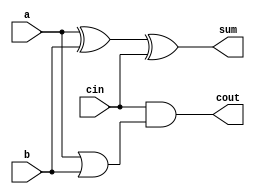
module full_adder7(a,b,cin,sum,cout);
input a,b,cin;
output sum,cout;
assign sum = a^b^cin;
assign cout = 1'b0|cin&(a|b); 
// initial begin
//     $display("The incorrect adder with and0 and or2 having out/0 and in1/0");
// end   
endmodule